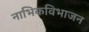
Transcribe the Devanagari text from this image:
नाभिकविभाजन